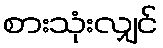
စားသုံးလျှင်